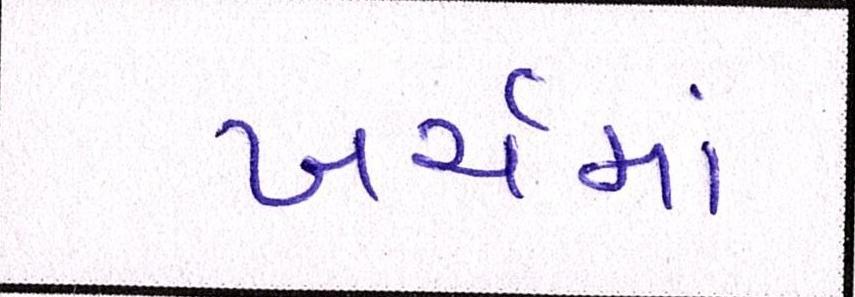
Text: ખર્ચમાં